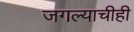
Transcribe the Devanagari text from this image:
जगल्याचीही